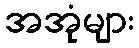
အအုံများ